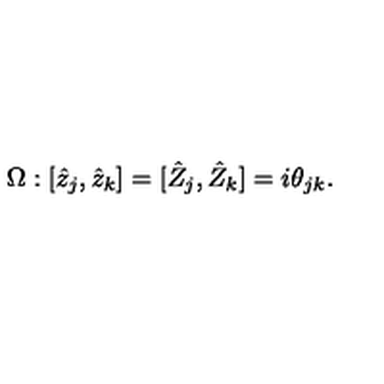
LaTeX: \Omega : [ \hat { z } _ { j } , \hat { z } _ { k } ] = [ \hat { Z } _ { j } , \hat { Z } _ { k } ] = i \theta _ { j k } .